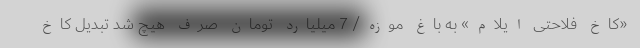
«کاخ فلاحتی ایلام» به باغ موزه/ 7 میلیارد تومان صرف هیچ شد تبدیل کاخ